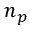
n _ { p }